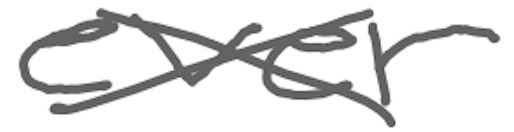
Text: ever
Cross-out: cross
Writing tool: digital_gray